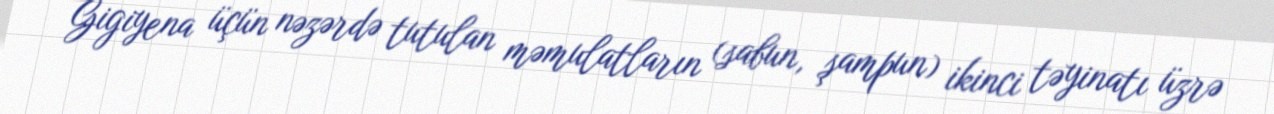
Gigiyena üçün nəzərdə tutulan məmulatların (sabun, şampun) ikinci təyinatı üzrə